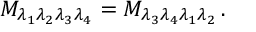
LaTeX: { \cal M } _ { \lambda _ { 1 } \lambda _ { 2 } \lambda _ { 3 } \lambda _ { 4 } } = { \cal M } _ { \lambda _ { 3 } \lambda _ { 4 } \lambda _ { 1 } \lambda _ { 2 } } \, .